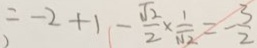
= - 2 + 1 - \frac { \sqrt { 2 } } { 2 } \times \frac { 1 } { \sqrt { 2 } } = - \frac { 3 } { 2 }